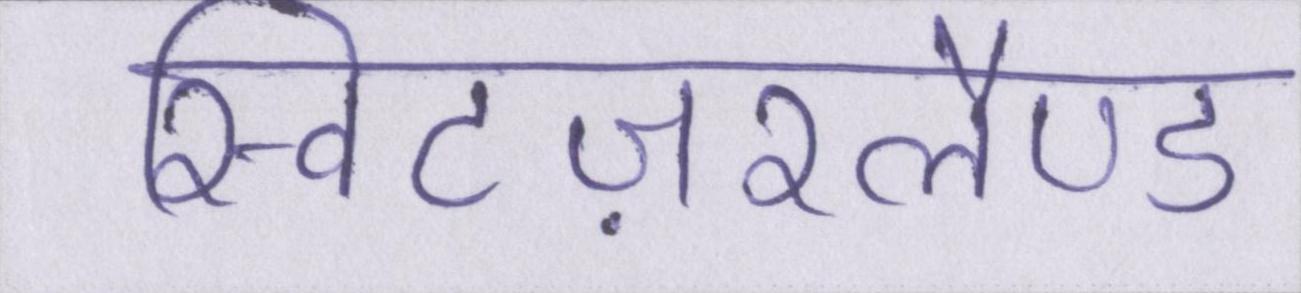
स्विटज़रलैण्ड